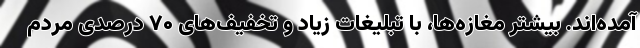
آمده‌اند. بیشتر مغازه‌ها، با تبلیغات زیاد و تخفیف‌های ۷۰ درصدی مردم